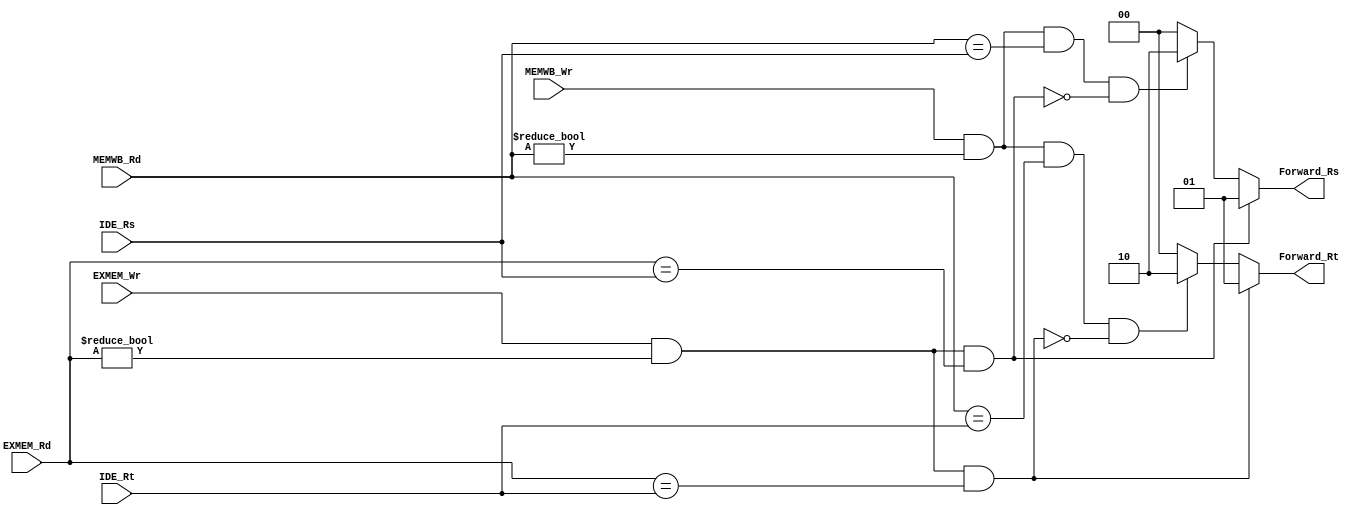
`timescale 1ns / 1ps

module Forward_Unit(
    input [4:0] IDE_Rs,
    input [4:0] IDE_Rt,
    input EXMEM_Wr,
    input MEMWB_Wr,
    input [4:0] EXMEM_Rd,
    input [4:0] MEMWB_Rd,
    output reg [1:0] Forward_Rs,
    output reg [1:0] Forward_Rt
);

always @(IDE_Rs, EXMEM_Wr, MEMWB_Wr, EXMEM_Rd, MEMWB_Rd) begin
    if(EXMEM_Wr == 1 && EXMEM_Rd != 5'd0 && EXMEM_Rd == IDE_Rs) Forward_Rs = 2'd1;  
    else if( (MEMWB_Wr == 1 && MEMWB_Rd != 5'd0 && MEMWB_Rd == IDE_Rs) 
    && !(EXMEM_Wr == 1 && EXMEM_Rd != 5'd0 && EXMEM_Rd == IDE_Rs) ) Forward_Rs = 2'd2;
    else Forward_Rs = 2'd0;
    
end

always @(IDE_Rt, EXMEM_Wr, MEMWB_Wr, EXMEM_Rd, MEMWB_Rd) begin
    if(EXMEM_Wr == 1 && EXMEM_Rd != 5'd0 && EXMEM_Rd == IDE_Rt) Forward_Rt = 2'd1;
    else if( (MEMWB_Wr == 1 && MEMWB_Rd != 5'd0 && MEMWB_Rd == IDE_Rt) 
    && !(EXMEM_Wr == 1 && EXMEM_Rd != 5'd0 && EXMEM_Rd == IDE_Rt) ) Forward_Rt = 2'd2;
    else Forward_Rt = 2'd0; 
end

endmodule